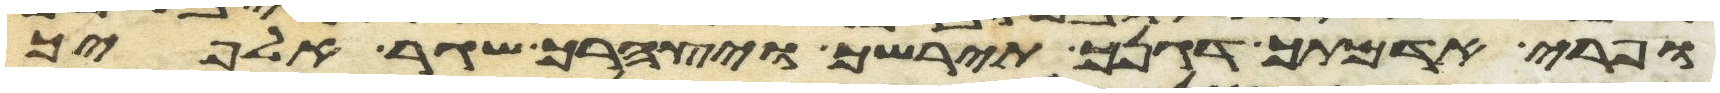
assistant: ופרי אדמתך דגנך תירשך ויצהרך שגר אלפיך